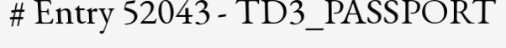
# Entry 52043 - TD3_PASSPORT